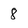
Character: 8